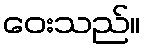
ဝေးသည်။